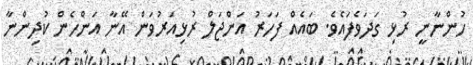
ހުންނާނީ ރުޅި ގަދަވެފައެވެ. ބައެއް ފަހަރު އަންޖަލް ރުޅިއަރުވަން އޭނާ އަންހެން ކުދިންނާ